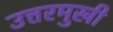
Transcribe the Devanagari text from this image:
उत्तरमुखी